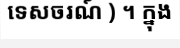
ទេសចរណ៍ ) ។ ក្នុង